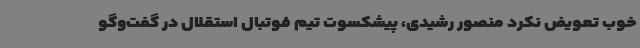
خوب تعویض نکرد منصور رشیدی، پیشکسوت تیم فوتبال استقلال در گفت‌وگو